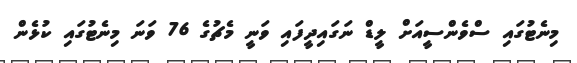
މިނެޓުގައި ސްވެންސީއަށް ލީޑް ނަގައިދީފައި ވަނީ މެޗުގެ 76 ވަނަ މިނެޓުގައި ކުޅެން